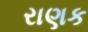
રાણક